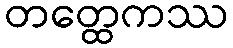
တတ္ထေကဿ